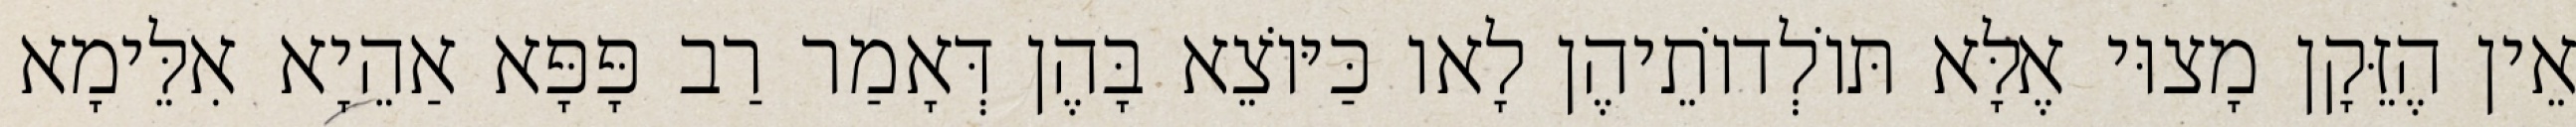
אֵין הֶזֵּקָן מָצוּי אֶלָּא תּוֹלְדוֹתֵיהֶן לָאו כַּיּוֹצֵא בָּהֶן דְּאָמַר רַב פָּפָּא אַהֵיָא אִלֵּימָא